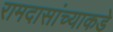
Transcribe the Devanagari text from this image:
रामदासांच्याकडे